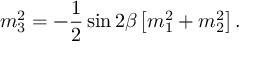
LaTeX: m _ { 3 } ^ { 2 } = - \frac { 1 } { 2 } \sin 2 \beta \left[ m _ { 1 } ^ { 2 } + m _ { 2 } ^ { 2 } \right] .